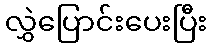
လွှဲပြောင်းပေးပြီး